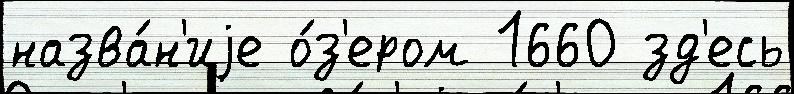
назва́н'иjе о́з'ером 1660 зд'есь